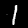
Digit: 1